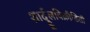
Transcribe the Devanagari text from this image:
शार्दूलविक्रीडिती